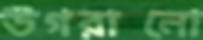
উগরানো